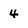
Character: 4